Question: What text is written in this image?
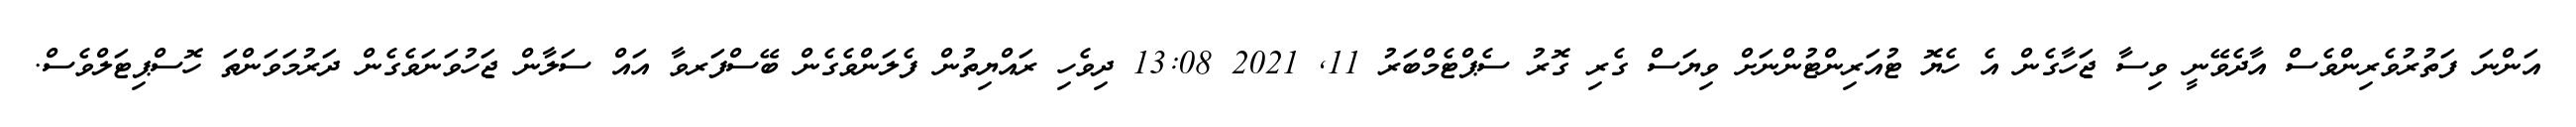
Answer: އަންނަ ފަތުރުވެރިންވެސް އާދެވޭނީ ވިސާ ޖަހާގެން އެ ހެޔޮ ޓުއަރިންޓުންނަށް ވިޔަސް ގެރި ގޮރު ސެޕްޓެމްބަރު 11, 2021 13:08 ދިވެހި ރައްޔިތުން ފެލަންވެގެން ބޭސްފަރވާ އައް ސަލާން ޖަހުވަނަވެގެން ދަރުމަވަންތަ ހޮސްޕިޓަލްވެސް.